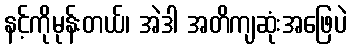
နင့်ကိုမုန်းတယ်၊ အဲဒါ အတိကျဆုံးအဖြေပဲ